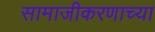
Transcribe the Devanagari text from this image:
सामाजीकरणाच्या